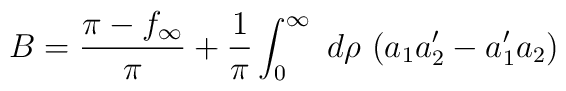
B = \frac{\pi - f_{\infty}}{\pi} + \frac{1}{\pi} \int_0^{\infty}~d\rho~(a_1 a_2^{\prime} -a_1^{\prime} a_2)